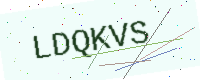
Text: LDQKVS